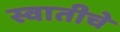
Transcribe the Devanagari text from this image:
स्वातीचे